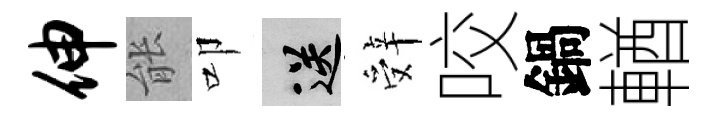
伸䏻叩送辤咬鍋輶